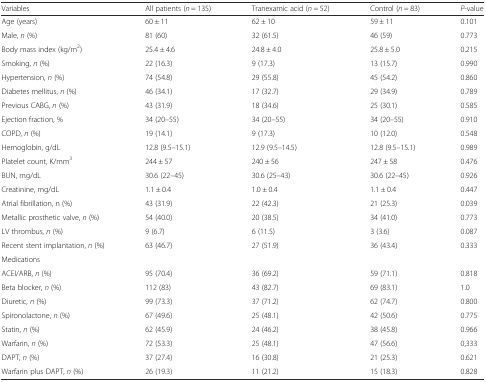
<table><thead><tr><td><b>Variables</b></td><td><b>All patients (<i>n</i> = 135)</b></td><td><b>Tranexamic acid (<i>n</i> = 52)</b></td><td><b>Control (<i>n</i> = 83)</b></td><td><b><i>P</i>-value</b></td></tr></thead><tbody><tr><td>Age (years)</td><td>60 ± 11</td><td>62 ± 10</td><td>59 ± 11</td><td>0.101</td></tr><tr><td>Male, <i>n</i> (%)</td><td>81 (60)</td><td>32 (61.5)</td><td>46 (59)</td><td>0.773</td></tr><tr><td>Body mass index (kg/m<sup>2</sup>)</td><td>25.4 ± 4.6</td><td>24.8 ± 4.0</td><td>25.8 ± 5.0</td><td>0.215</td></tr><tr><td>Smoking, <i>n</i> (%)</td><td>22 (16.3)</td><td>9 (17.3)</td><td>13 (15.7)</td><td>0.990</td></tr><tr><td>Hypertension, <i>n</i> (%)</td><td>74 (54.8)</td><td>29 (55.8)</td><td>45 (54.2)</td><td>0.860</td></tr><tr><td>Diabetes mellitus, <i>n</i> (%)</td><td>46 (34.1)</td><td>17 (32.7)</td><td>29 (34.9)</td><td>0.789</td></tr><tr><td>Previous CABG, <i>n</i> (%)</td><td>43 (31.9)</td><td>18 (34.6)</td><td>25 (30.1)</td><td>0.585</td></tr><tr><td>Ejection fraction, %</td><td>34 (20–55)</td><td>34 (20–55)</td><td>34 (20–55)</td><td>0.910</td></tr><tr><td>COPD, <i>n</i> (%)</td><td>19 (14.1)</td><td>9 (17.3)</td><td>10 (12.0)</td><td>0.548</td></tr><tr><td>Hemoglobin, g/dL</td><td>12.8 (9.5–15.1)</td><td>12.9 (9.5–14.5)</td><td>12.8 (9.5–15.1)</td><td>0.989</td></tr><tr><td>Platelet count, K/mm<sup>3</sup></td><td>244 ± 57</td><td>240 ± 56</td><td>247 ± 58</td><td>0.476</td></tr><tr><td>BUN, mg/dL</td><td>30.6 (22–45)</td><td>30.6 (25–43)</td><td>30.6 (22–45)</td><td>0.926</td></tr><tr><td>Creatinine, mg/dL</td><td>1.1 ± 0.4</td><td>1.0 ± 0.4</td><td>1.1 ± 0.4</td><td>0.447</td></tr><tr><td>Atrial fibrillation, n (%)</td><td>43 (31.9)</td><td>22 (42.3)</td><td>21 (25.3)</td><td>0.039</td></tr><tr><td>Metallic prosthetic valve, <i>n</i> (%)</td><td>54 (40.0)</td><td>20 (38.5)</td><td>34 (41.0)</td><td>0.773</td></tr><tr><td>LV thrombus, <i>n</i> (%)</td><td>9 (6.7)</td><td>6 (11.5)</td><td>3 (3.6)</td><td>0.087</td></tr><tr><td>Recent stent implantation, <i>n</i> (%)</td><td>63 (46.7)</td><td>27 (51.9)</td><td>36 (43.4)</td><td>0.333</td></tr><tr><td colspan="5">Medications</td></tr><tr><td>ACEI/ARB, <i>n</i> (%)</td><td>95 (70.4)</td><td>36 (69.2)</td><td>59 (71.1)</td><td>0.818</td></tr><tr><td>Beta blocker, <i>n</i> (%)</td><td>112 (83)</td><td>43 (82.7)</td><td>69 (83.1)</td><td>1.0</td></tr><tr><td>Diuretic, <i>n</i> (%)</td><td>99 (73.3)</td><td>37 (71.2)</td><td>62 (74.7)</td><td>0.800</td></tr><tr><td>Spironolactone, <i>n</i> (%)</td><td>67 (49.6)</td><td>25 (48.1)</td><td>42 (50.6)</td><td>0.775</td></tr><tr><td>Statin, <i>n</i> (%)</td><td>62 (45.9)</td><td>24 (46.2)</td><td>38 (45.8)</td><td>0.966</td></tr><tr><td>Warfarin, <i>n</i> (%)</td><td>72 (53.3)</td><td>25 (48.1)</td><td>47 (56.6)</td><td>0,333</td></tr><tr><td>DAPT, <i>n</i> (%)</td><td>37 (27.4)</td><td>16 (30.8)</td><td>21 (25.3)</td><td>0.621</td></tr><tr><td>Warfarin plus DAPT, <i>n</i> (%)</td><td>26 (19.3)</td><td>11 (21.2)</td><td>15 (18.3)</td><td>0.828</td></tr></tbody></table>